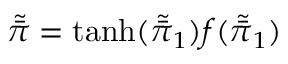
\tilde { \bar { \pi } } = \operatorname { t a n h } ( \tilde { \bar { \pi } } _ { 1 } ) f ( \tilde { \bar { \pi } } _ { 1 } )